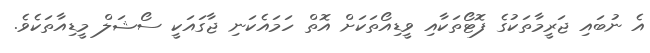
އެ ނުބައި ޖަރީމާތަކުގެ ފޮޓޯތަކާއި ވީޑިއޯތަކަށް އޮތް ހަމައެކަނި ޖާގައަކީ ސޯޝަލް މީޑިއާތަކެވެ.